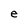
Character: e